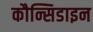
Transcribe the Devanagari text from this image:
कौन्सिडाइन